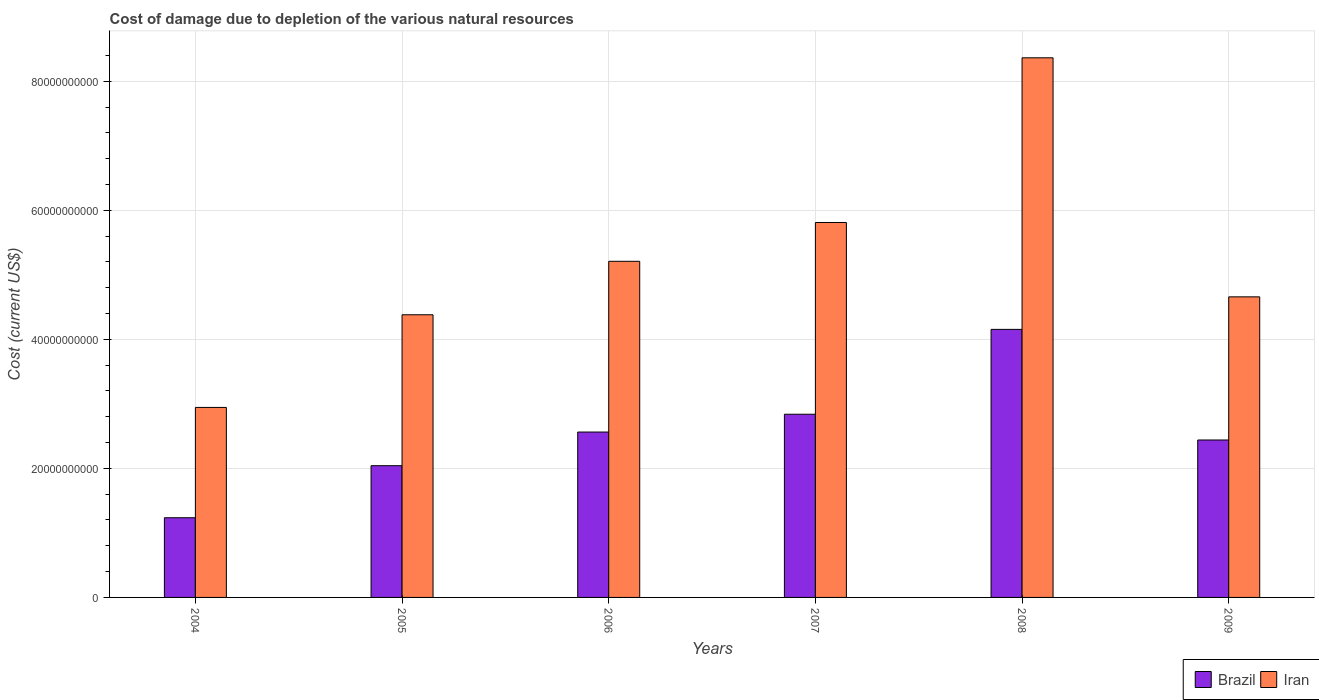
| Years | Brazil | Iran |
 | --- | --- | --- |
 | 2004 | 1.24e+10 | 2.94e+10 |
 | 2005 | 2.04e+10 | 4.38e+10 |
 | 2006 | 2.56e+10 | 5.21e+10 |
 | 2007 | 2.84e+10 | 5.81e+10 |
 | 2008 | 4.15e+10 | 8.36e+10 |
 | 2009 | 2.44e+10 | 4.66e+10 |